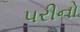
પરીનો